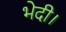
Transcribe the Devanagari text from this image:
भेदी।